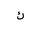
Letter: _kaf